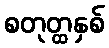
စတုတ္ထနှစ်